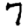
Digit: 7